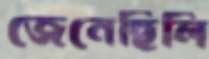
জেনেছিলি